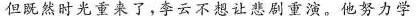
但既然时光重来了，李云不想让悲剧重演。他努力学